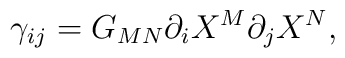
\gamma_{ij} = G_{MN} \partial_{i} X^{M} \partial_{j} X^{N},